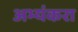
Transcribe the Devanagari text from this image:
अभ्यंकरा